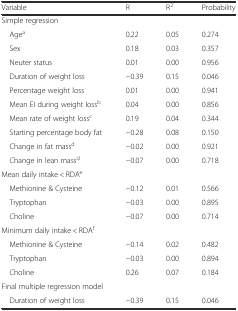
<table><thead><tr><td><b>Variable</b></td><td><b>R</b></td><td><b>R<sup>2</sup></b></td><td><b>Probability</b></td></tr></thead><tbody><tr><td>Simple regression</td><td></td><td></td><td></td></tr><tr><td> Age<sup>a</sup></td><td>0.22</td><td>0.05</td><td>0.274</td></tr><tr><td> Sex</td><td>0.18</td><td>0.03</td><td>0.357</td></tr><tr><td> Neuter status</td><td>0.01</td><td>0.00</td><td>0.956</td></tr><tr><td> Duration of weight loss</td><td>−0.39</td><td>0.15</td><td>0.046</td></tr><tr><td> Percentage weight loss</td><td>0.01</td><td>0.00</td><td>0.941</td></tr><tr><td> Mean EI during weight loss<sup>b</sup></td><td>0.04</td><td>0.00</td><td>0.856</td></tr><tr><td> Mean rate of weight loss<sup>c</sup></td><td>0.19</td><td>0.04</td><td>0.344</td></tr><tr><td> Starting percentage body fat</td><td>−0.28</td><td>0.08</td><td>0.150</td></tr><tr><td> Change in fat mass<sup>d</sup></td><td>−0.02</td><td>0.00</td><td>0.921</td></tr><tr><td> Change in lean mass<sup>d</sup></td><td>−0.07</td><td>0.00</td><td>0.718</td></tr><tr><td>Mean daily intake &lt; RDA<sup>e</sup></td><td></td><td></td><td></td></tr><tr><td> Methionine &amp; Cysteine</td><td>−0.12</td><td>0.01</td><td>0.566</td></tr><tr><td> Tryptophan</td><td>−0.03</td><td>0.00</td><td>0.895</td></tr><tr><td> Choline</td><td>−0.07</td><td>0.00</td><td>0.714</td></tr><tr><td>Minimum daily intake &lt; RDA<sup>f</sup></td><td></td><td></td><td></td></tr><tr><td> Methionine &amp; Cysteine</td><td>−0.14</td><td>0.02</td><td>0.482</td></tr><tr><td> Tryptophan</td><td>−0.03</td><td>0.00</td><td>0.894</td></tr><tr><td> Choline</td><td>0.26</td><td>0.07</td><td>0.184</td></tr><tr><td>Final multiple regression model</td><td></td><td></td><td></td></tr><tr><td> Duration of weight loss</td><td>−0.39</td><td>0.15</td><td>0.046</td></tr></tbody></table>